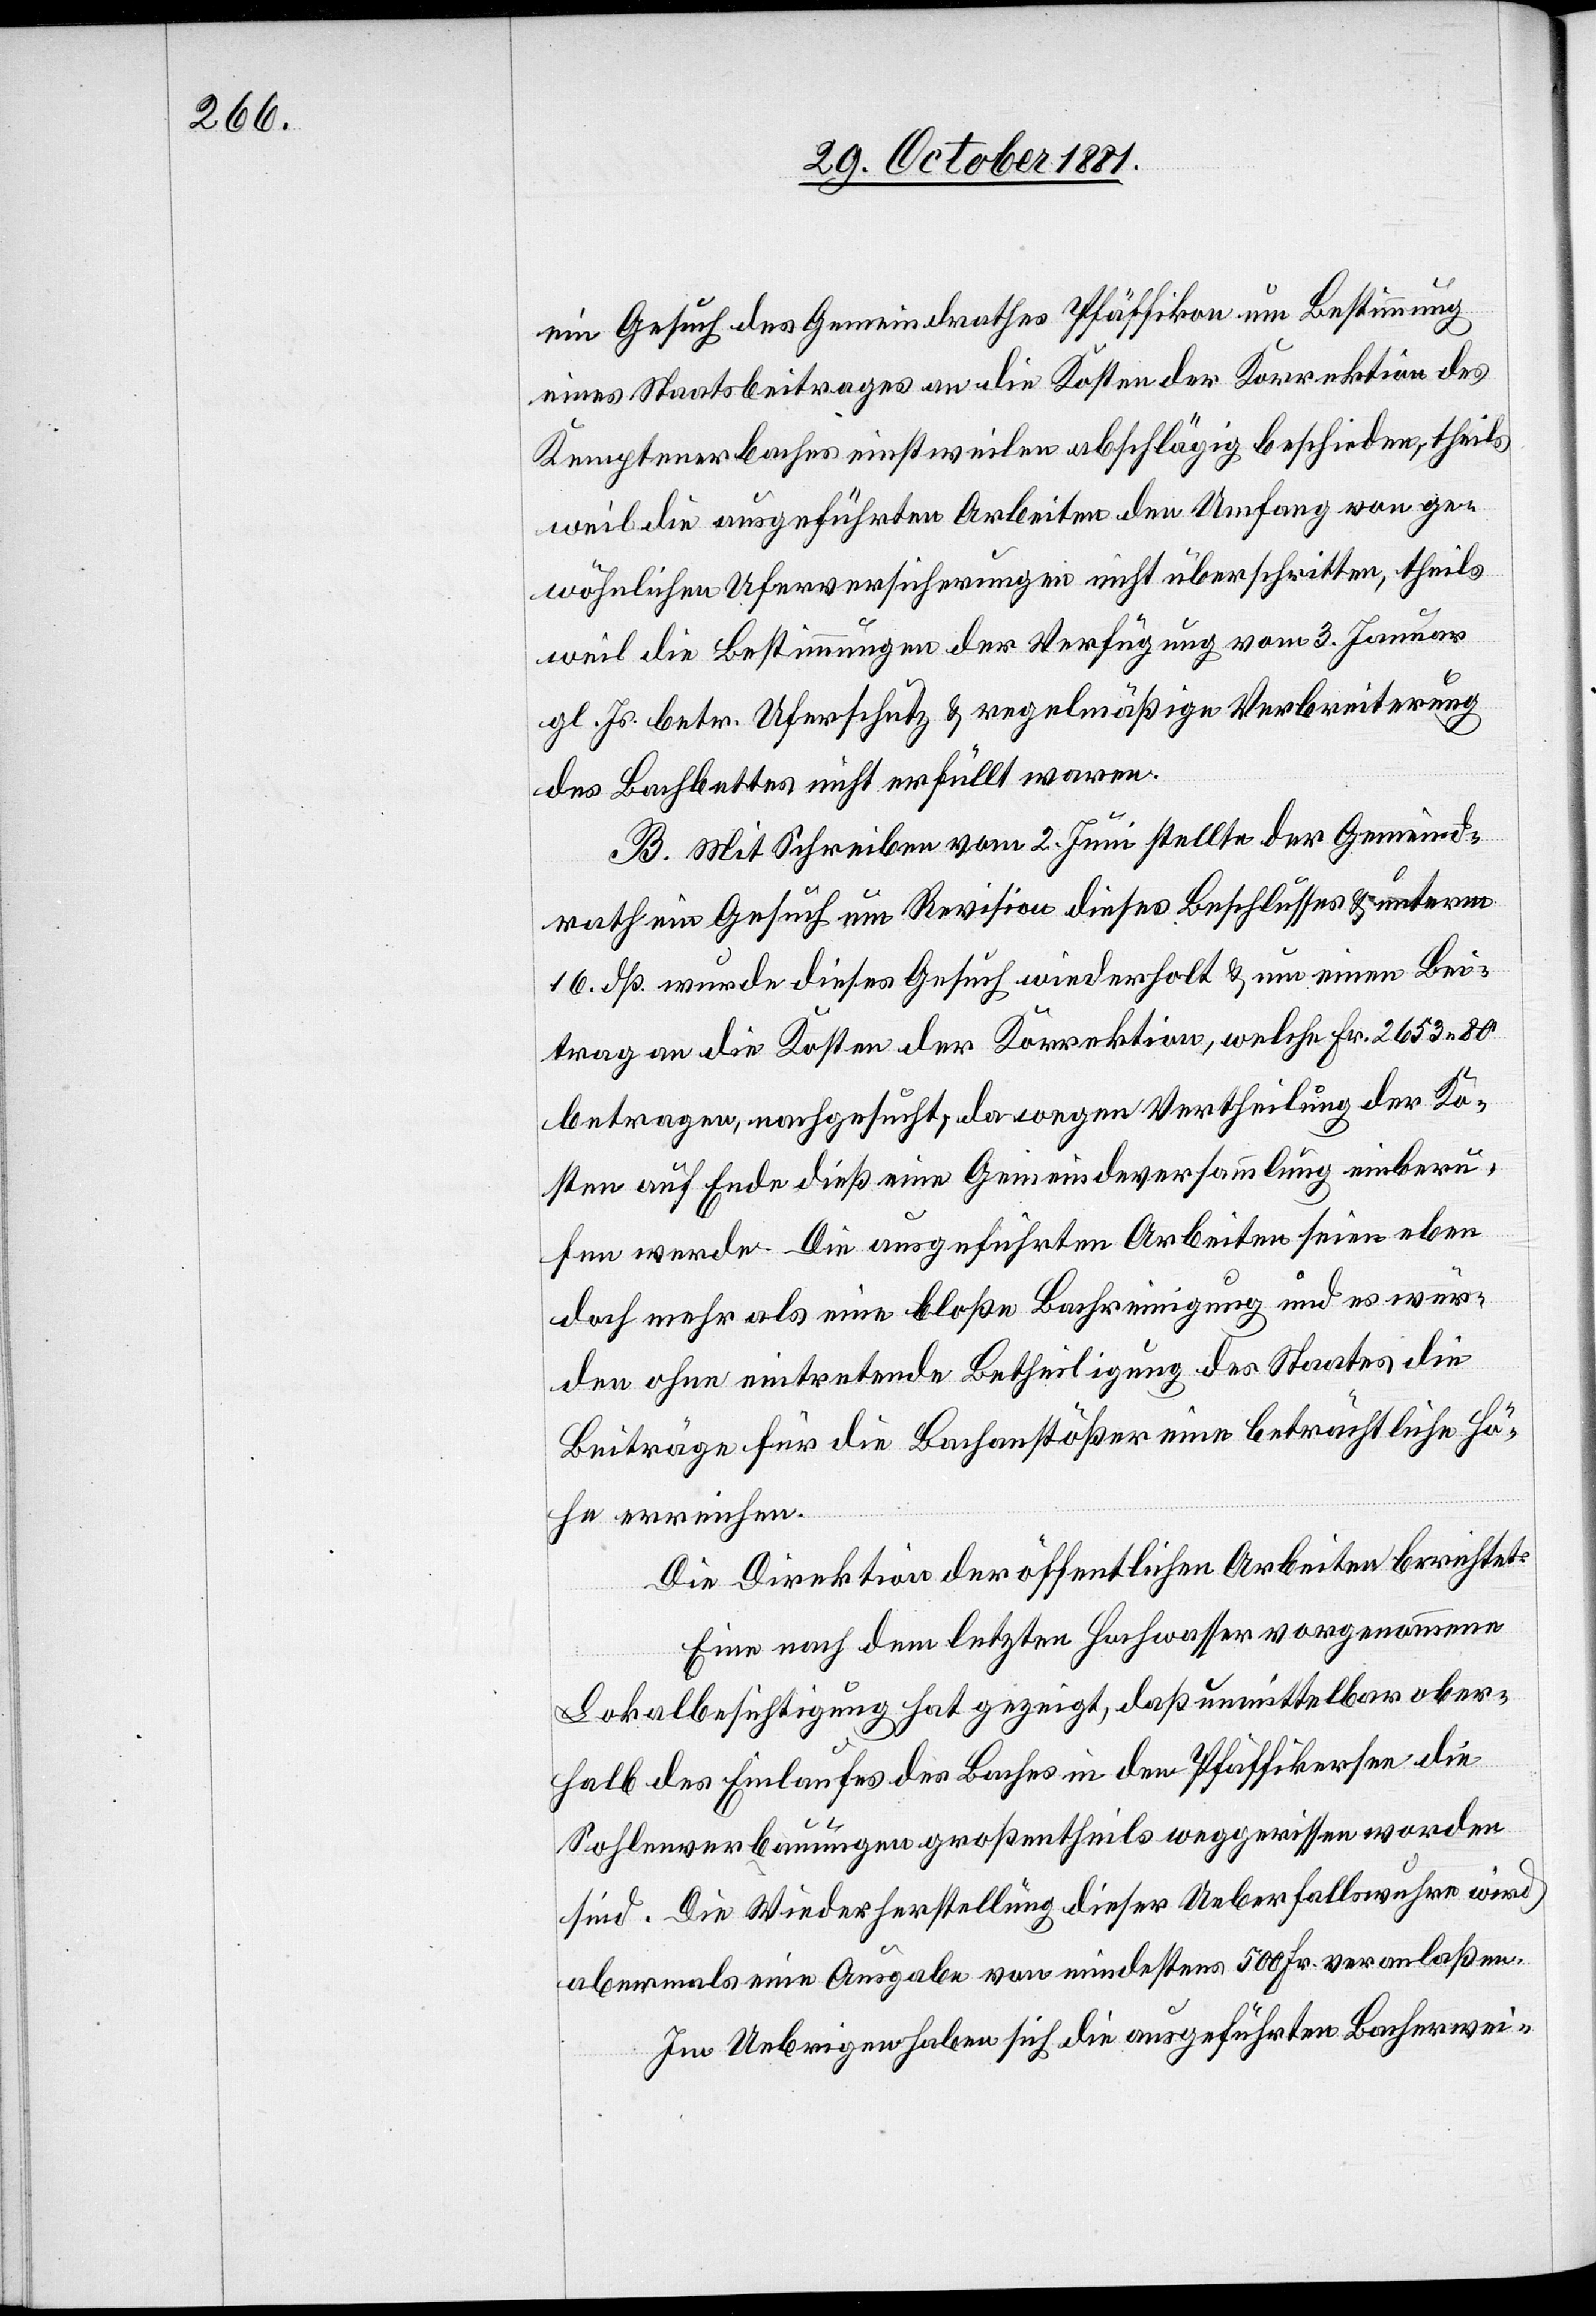
ein Gesuch des Gemeindrathes Pfäffikon um Bestimmung
eines Staatsbeitrages an die Kosten der Korrektion des
Kemptenerbaches einstweilen abschlägig beschieden, theils
weil die ausgeführten Arbeiten den Umfang von ge¬
wöhnlichen Uferversicherungen nicht überschritten, theils
weil die Bestimmungen der Verfügung vom 3. Januar
gl. Js. betr. Uferschutz & regelmäßige Verbreiterung
des Bachbettes nicht erfüllt waren.
B. Mit Schreiben vom 2. Juni stellte der Gemeind¬
rath ein Gesuch um Revision dieses Beschlusses & unterm
16. dß. wurde dieses Gesuch wiederholt & um einen Bei¬
trag an die Kosten der Korrektion, welche Fr. 2653 80
betragen, nachgesucht, da wegen Vertheilung der Ko¬
sten auf Ende dieß eine Gemeindeversammlung einberu¬
fen werde. Die ausgeführten Arbeiten seien eben
doch mehr als eine bloße Bachreinigung und es wür¬
den ohne eintretende Betheiligung des Staates die
Beiträge für die Bachanstößer eine beträchtliche Hö¬
he erreichen.
Die Direktion der öffentlichen Arbeiten berichtet:
Eine nach dem letzten Hochwasser vorgenommene
Lokalbesichtigung hat gezeigt, daß unmittelbar ober¬
halb des Einlaufes des Baches in den Pfäffikersee die
Sohlenverbauungen großentheils weggerissen worden
sind. Die Wiederherstellung dieser Ueberfallswuhre wird
abermals eine Ausgabe von mindestens 500 Fr. veranlaßen.
Im Uebrigen haben sich die ausgeführten Bacherwei-